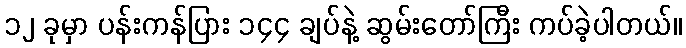
၁၂ ခုမှာ ပန်းကန်ပြား ၁၄၄ ချပ်နဲ့ ဆွမ်းတော်ကြီး ကပ်ခဲ့ပါတယ်။